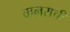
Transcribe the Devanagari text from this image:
वानराची